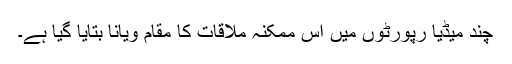
چند میڈیا رپورٹوں میں اس ممکنہ ملاقات کا مقام ویانا بتایا گیا ہے۔